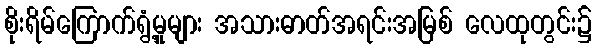
စိုးရိမ်ကြောက်ရွံ့မှုများ အသားဓာတ်အရင်းအမြစ် လေထုတွင်း၌